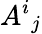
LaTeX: A^{i}{}_{j}